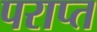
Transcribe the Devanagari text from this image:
पराप्त